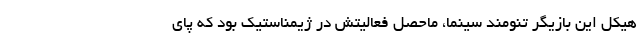
هیکل این بازیگر تنومند سینما، ماحصل فعالیتش در ژیمناستیک بود که پای